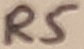
Text: R5